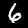
Digit: 6